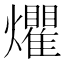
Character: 爠